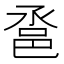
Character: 𨚡